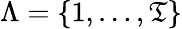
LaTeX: \Lambda=\{ 1,\dots,\mathfrak{T}\}